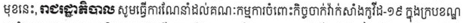
មុខនេះ, រាជរដ្ឋាភិបាល សូមធ្វើការណែនាំដល់គណៈកម្មការចំពោះកិច្ចចាក់វ៉ាក់សាំងកូវីដ-១៩ ក្នុងក្របខណ្ឌ